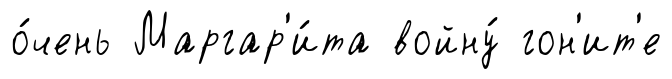
о́чень Маргар'и́та войну́ гон'ит'е